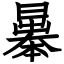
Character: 曓